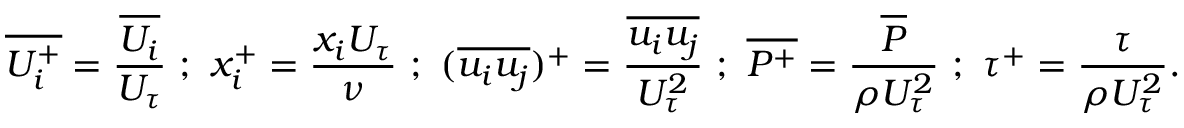
{ \overline { { U _ { i } ^ { + } } } } = \frac { \overline { { U _ { i } } } } { U _ { \tau } } ~ ; ~ { x _ { i } ^ { + } } = \frac { x _ { i } U _ { \tau } } { \nu } ~ ; ~ ( \overline { { u _ { i } u _ { j } } } ) ^ { + } = \frac { \overline { { u _ { i } u _ { j } } } } { U _ { \tau } ^ { 2 } } ~ ; ~ { \overline { { P ^ { + } } } } = \frac { \overline { { P } } } { \rho U _ { \tau } ^ { 2 } } ~ ; ~ { \tau ^ { + } } = \frac { \tau } { \rho U _ { \tau } ^ { 2 } } .